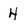
Character: 4